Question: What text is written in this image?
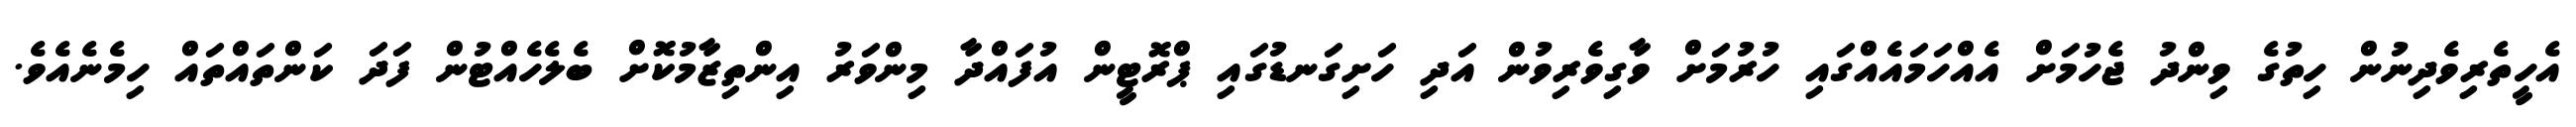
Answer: އެހީތެރިވެދިނުން ހިތުގެ ވިންދު ޖެހުމަށް އެއްހަމައެއްގައި ހުރުމަށް ވާގިވެރިވުން އަދި ހަށިގަނޑުގައި ޕްރޮޓީން އުފައްދާ މިންވަރު އިންތިޒާމުކޮށް ބެލެހެއްޓުން ފަދަ ކަންތައްތައް ހިމެނެއެވެ.